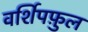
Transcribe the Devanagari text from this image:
वर्शिपफ़ुल